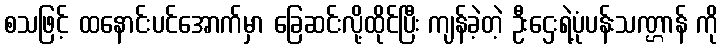
စသဖြင့် ထနောင်းပင်အောက်မှာ ခြေဆင်းလို့ထိုင်ပြီး ကျန်ခဲ့တဲ့ ဦးဌေးရဲ့ပုံပန်းသဏ္ဌာန် ကို